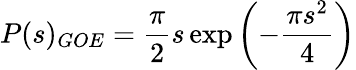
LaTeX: P(s)_{GOE}=\frac{\pi}{2}s\exp\left(-\frac{{\pi}s^{2}}{4}\right)